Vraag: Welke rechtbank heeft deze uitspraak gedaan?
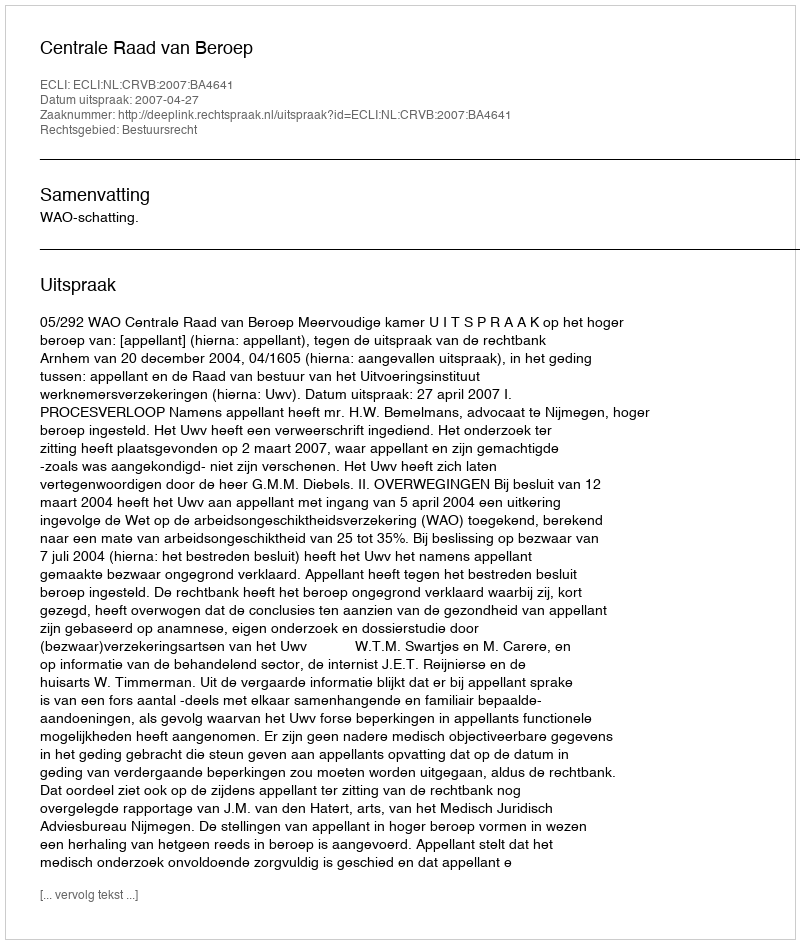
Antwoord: Centrale Raad van Beroep